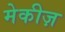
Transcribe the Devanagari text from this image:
मेकीज़